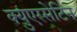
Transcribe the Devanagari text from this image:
क्युएरसेटिन